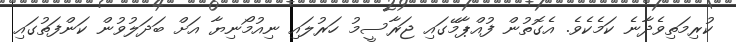
ކުރިމަތިވެދާނެ ކަމެކެވެ. އެގޮތުން ފުއްޕާމޭގައި ޖަރާސީމު ހަރުލައި ނިއުމޯނިޔާ އަށް ބަދަލުވުން ކަންފަތުގައި